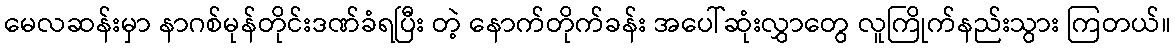
မေလဆန်းမှာ နာဂစ်မုန်တိုင်းဒဏ်ခံရပြီး တဲ့ နောက်တိုက်ခန်း အပေါ်ဆုံးလွှာတွေ လူကြိုက်နည်းသွား ကြတယ်။